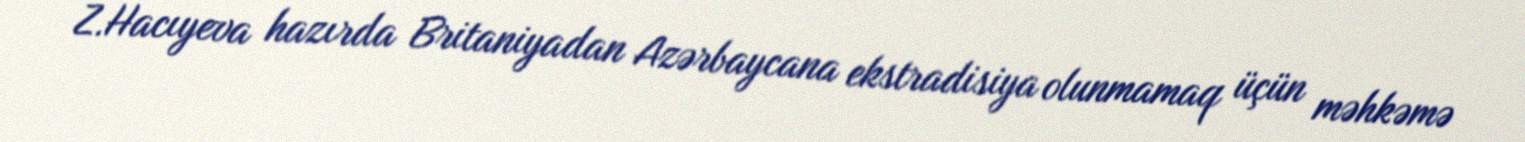
Z.Hacıyeva hazırda Britaniyadan Azərbaycana ekstradisiya olunmamaq üçün məhkəmə